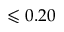
\leqslant 0 . 2 0